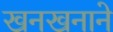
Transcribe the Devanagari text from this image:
खनखनाने